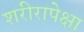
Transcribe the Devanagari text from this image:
शरीरापेक्षा